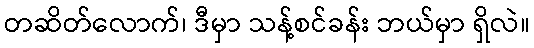
တဆိတ်လောက်၊ ဒီမှာ သန့်စင်ခန်း ဘယ်မှာ ရှိလဲ။